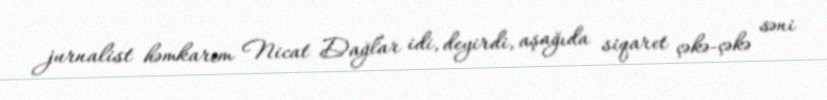
jurnalist həmkarım Nicat Dağlar idi, deyirdi, aşağıda siqaret çəkə-çəkə səni